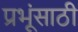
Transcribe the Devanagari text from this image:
प्रभूंसाठी